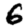
Digit: 6